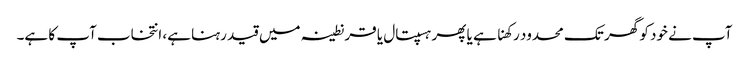
آپ نے خود کو گھر تک محدود رکھنا ہے یا پھر ہسپتال یا قرنطینہ میں قید رہنا ہے، انتخاب آپ کا ہے۔